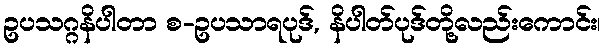
ဥပသဂ္ဂနိပါတာ စ-ဥပသာရပုဒ်, နိပါတ်ပုဒ်တို့လည်းကောင်း၊